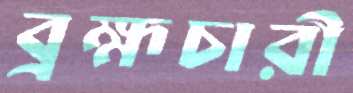
ব্রহ্মচারী